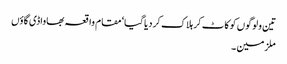
تین ولوگوں کو کاٹ کر ہلاک کردیاگیا‘ مقام واقعہ بھاواڈی گاؤں
ملزمین ۔